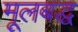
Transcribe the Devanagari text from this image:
मूलबद्ध